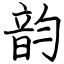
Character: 韵